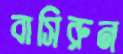
বাসিরুন